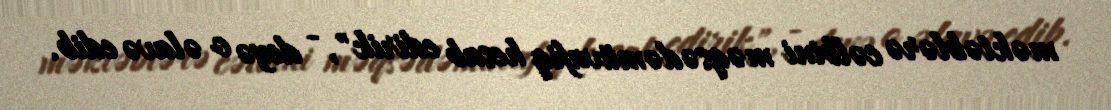
məktəblərə cəlbini məqsədəmüvafiq hesab edirik", - deyə o əlavə edib.